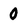
Character: 0